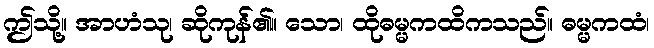
ဤသို့။ အာဟံသု၊ ဆိုကုန်၏။ သော၊ ထိုဓမ္မကထိကသည်။ ဓမ္မကထံ၊